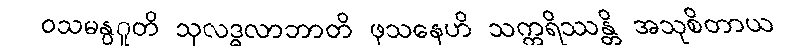
ဝသမနွဂူတိ သုလဒ္ဓလာဘာတိ ဖုသနေဟိ သက္ကရိဿန္တိ အသုစိတာယ